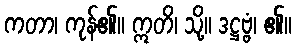
ကတာ၊ ကုန်၏။ ဣတိ၊ သို့။ ဒဋ္ဌဗ္ဗံ၊ ၏။